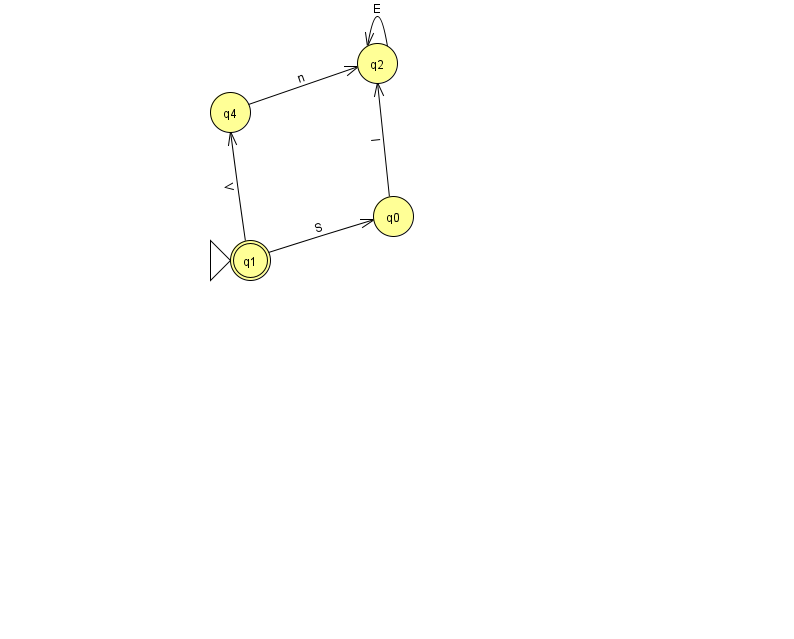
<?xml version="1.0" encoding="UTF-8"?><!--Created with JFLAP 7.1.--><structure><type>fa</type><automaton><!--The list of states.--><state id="0" name="q0"><x>393.0</x><y>203.0</y></state><state id="1" name="q1"><x>250.0</x><y>247.0</y><initial/><final/></state><state id="2" name="q2"><x>377.0</x><y>50.0</y></state><state id="4" name="q4"><x>230.0</x><y>99.0</y></state><!--The list of transitions.--><transition><from>1</from><to>4</to><read>V</read></transition><transition><from>4</from><to>2</to><read>n</read></transition><transition><from>2</from><to>2</to><read>E</read></transition><transition><from>0</from><to>2</to><read>I</read></transition><transition><from>1</from><to>0</to><read>S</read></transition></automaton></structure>